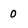
Character: 0